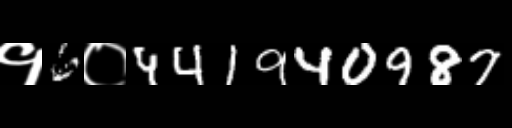
Text: १6०441940987